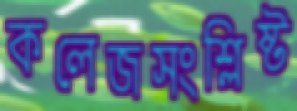
কলেজসংশ্লিষ্ট